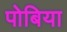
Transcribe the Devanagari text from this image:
पोबिया